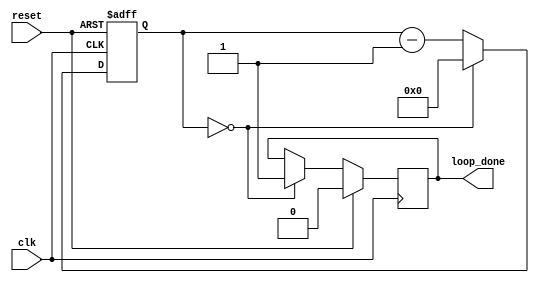
module decremental_for_loop (
    input clk,
    input reset,
    output reg loop_done
);

reg [7:0] counter;

always @ (posedge clk or posedge reset)
begin
    if (reset)
        counter <= 0;
    else if (counter == 0)
        counter <= 0; // Do nothing, loop terminates
    else
        counter <= counter - 1;
end

always @ (posedge clk)
begin
    if (reset)
    begin
        // Reset loop_done signal
        loop_done <= 0;
    end
    else if (counter == 0)
    begin
        // Loop body starts here
        // Insert functionality to be executed repeatedly
          
        // Loop body ends here
        
        loop_done <= 1; // Set loop_done signal when loop terminates
    end
end

endmodule